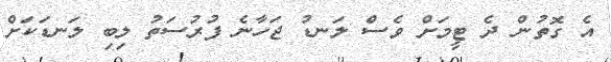
އެ ގޮތުން ދެ ޓީމަށް ވެސް ލަނޑު ޖަހާނެ ފުރުސަތު ލިބި ލަނޑަކަށް